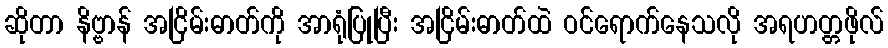
ဆိုတာ နိဗ္ဗာန် အငြိမ်းဓာတ်ကို အာရုံပြုပြီး အငြိမ်းဓာတ်ထဲ ဝင်ရောက်နေသလို အရဟတ္တဖိုလ်